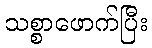
သစ္စာဖောက်ပြီး